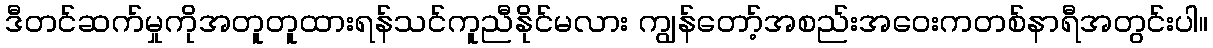
ဒီတင်ဆက်မှုကိုအတူတူထားရန်သင်ကူညီနိုင်မလား ကျွန်တော့်အစည်းအဝေးကတစ်နာရီအတွင်းပါ။